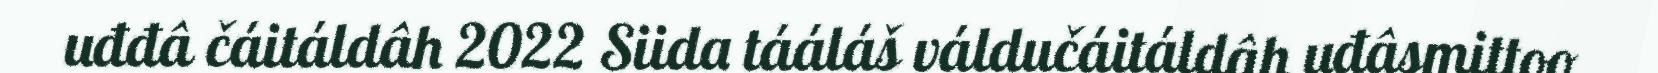
uđđâ čáitáldâh 2022 Siida tááláš váldučáitáldâh uđâsmittoo